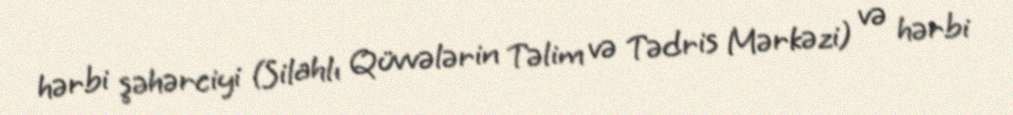
hərbi şəhərciyi (Silahlı Qüvvələrin Təlim və Tədris Mərkəzi) və hərbi